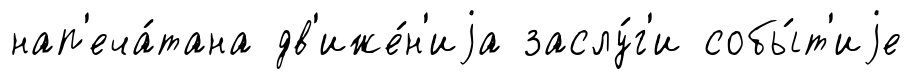
нап'еча́тана дв'иже́н'иjа заслу́г'и собы́т'иjе